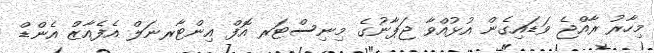
މިހާރު ރާއްޖެ ވަޑައިގެން އުޅުއްވާ ޖަޕާނުގެ މިނިސްޓަރ އޮފް އިންޓާރނަލް އެފެއާޒް އެންޑް